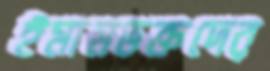
ইমামভক্তদের